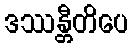
ဒဿန္တီတိပေ